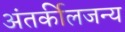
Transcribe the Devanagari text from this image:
अंतर्कीलजन्य